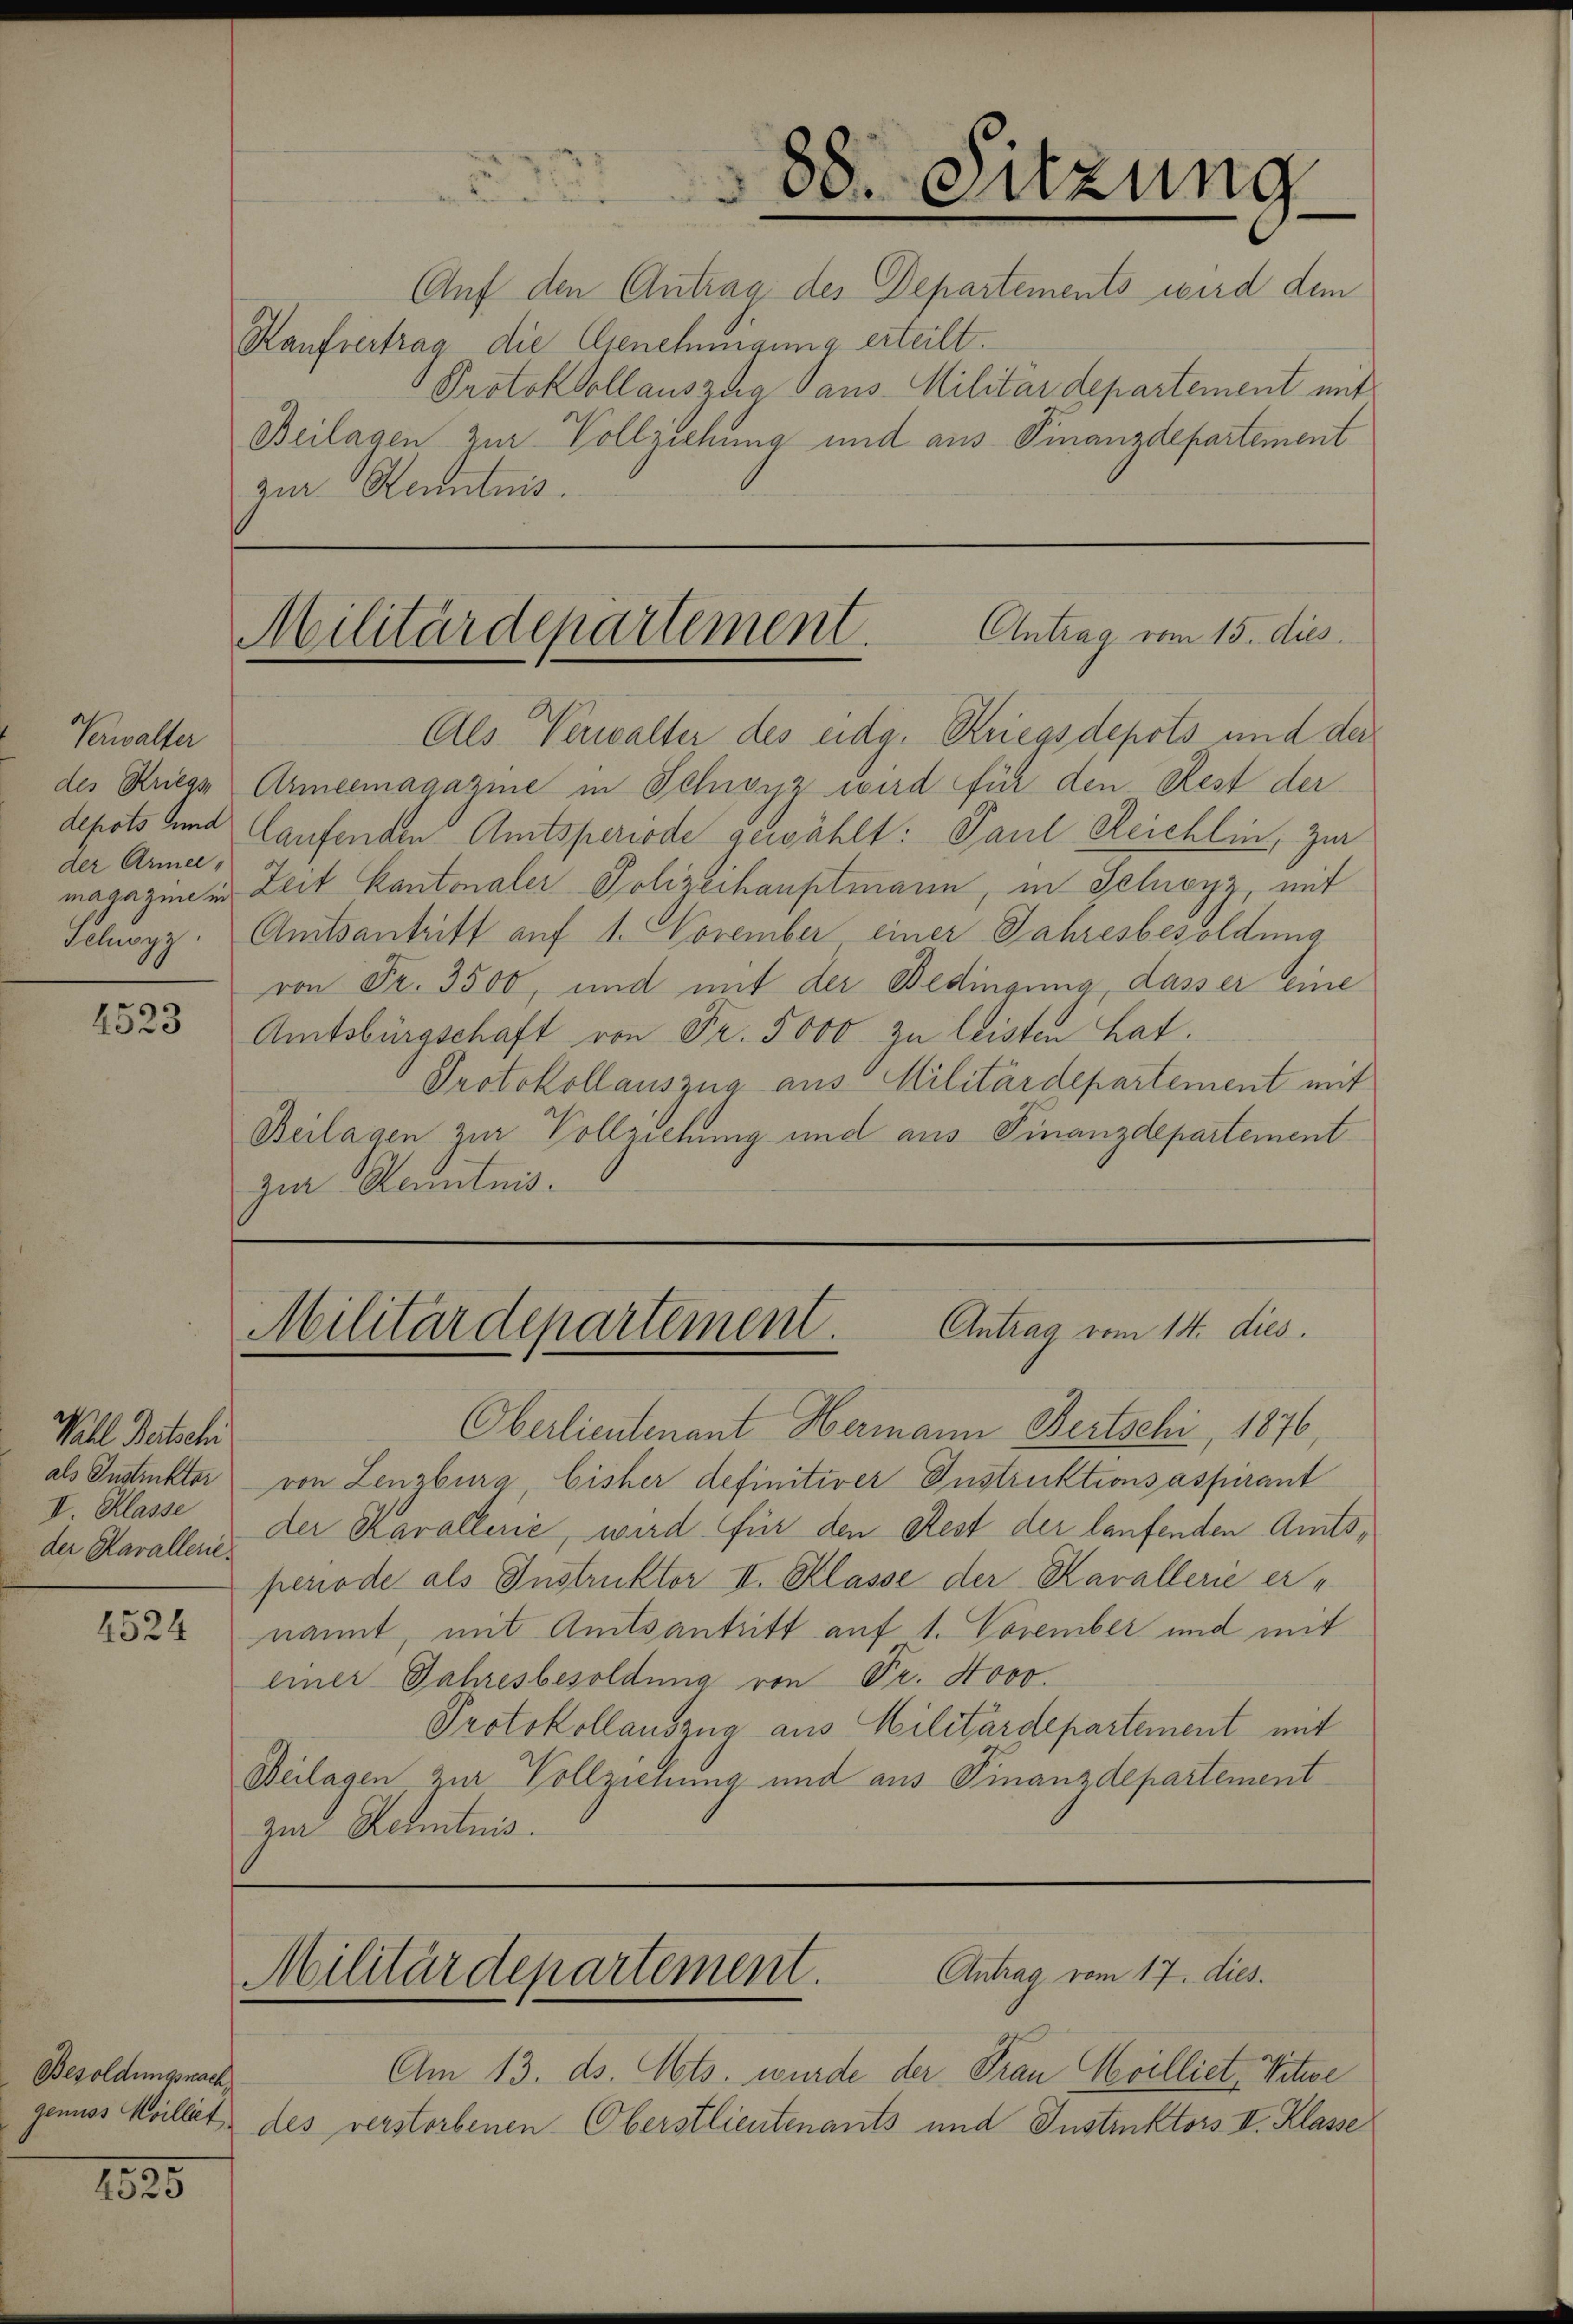
Verwalter
der Armee-

2523

Wall Betschi
als Instruktor
V. Klasse
der Kavallerie.

4524

Besoldungsnach
genuss Meillet

1525

Kaufvertrag die Genehmigung erteilt.
Protokollauszug aus Militärdepartement mit
Beilagen zur Vollziehung und aus Finanzdepartement
zur Kenntnis.

88. Sitzung
3
Auf den Antrag des Departements wird dem

Militärdepartement. Antrag vom 15. dies

Als Verwalter des eidg. Kriegs depots und der
des Kriegs Armeemagazine in Schwyz wird für den Rest der
depots und laufenden Amtsperiode gewählt: Paul Reichlin, zur
magazine in Zeit Kantonaler Polizeihauptmann, in Schwyz, mit
Ichwyz. Amtsantritt auf 1. November einer Jahresbesoldung
von Fr. 3500, und mit der Bedingung, dasser eine
Amtsbürgschaft von Fr. 5000 zu leisten hat.
Protokollauszug aus Militärdepartement mit
Beilagen zur Vollziehung und aus Finanzdepartement
zur Kenntnis.

Militärdepartement. Antrag vom 14. dies

Antrag vom 17. dies.
Militärdepartement.

Am 13. ds. Mts. wurde der Frau Cilliet, Witwe
des verstorbenen Oberstlieutenants und Instruktors II. Klasse

Oberlieutenant Hermann Bertschi, 1876,
von Lenzburg, bisher definitiver Instruktionsaspirant
der Kavallerie, wird für den Rest der laufenden Amtsperiode als Instruktor II. Klasse der Karallerie er-
nannt, mit Amtsantritt auf 1. November und mit
einer Jahresbesoldung von Fr. 4000.
Protokollauszug aus Militärdepartement mit
Beilagen zur Vollzienung und aus Finanzdepartement
zur Zehntnis.